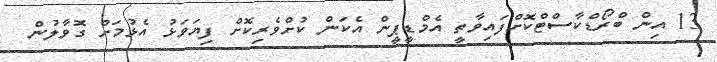
13 އިން ބްރޯޑްކާސްޓްކޮށްފައިވާތީ އެމްޑީޕީން އެކަން ކުށްވެރިކޮށް ފިޔަވަޅު އެޅުމަށް ގޮވާލުން